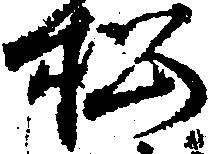
松